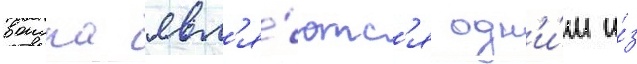
воиска явл'я́ютс'я одн'и́м и́з